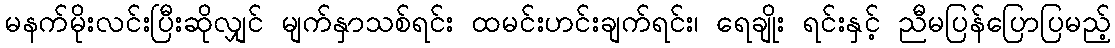
မနက်မိုးလင်းပြီးဆိုလျှင် မျက်နှာသစ်ရင်း ထမင်းဟင်းချက်ရင်း၊ ရေချိုး ရင်းနှင့် ညီမပြန်ပြောပြမည့်